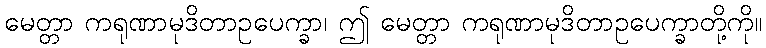
မေတ္တာ ကရုဏာမုဒိတာဥပေက္ခာ၊ ဤ မေတ္တာ ကရုဏာမုဒိတာဥပေက္ခာတို့ကို။